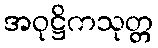
အဝုဋ္ဌိကသုတ္တ